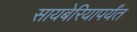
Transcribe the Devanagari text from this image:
सायबेरियापर्यंत